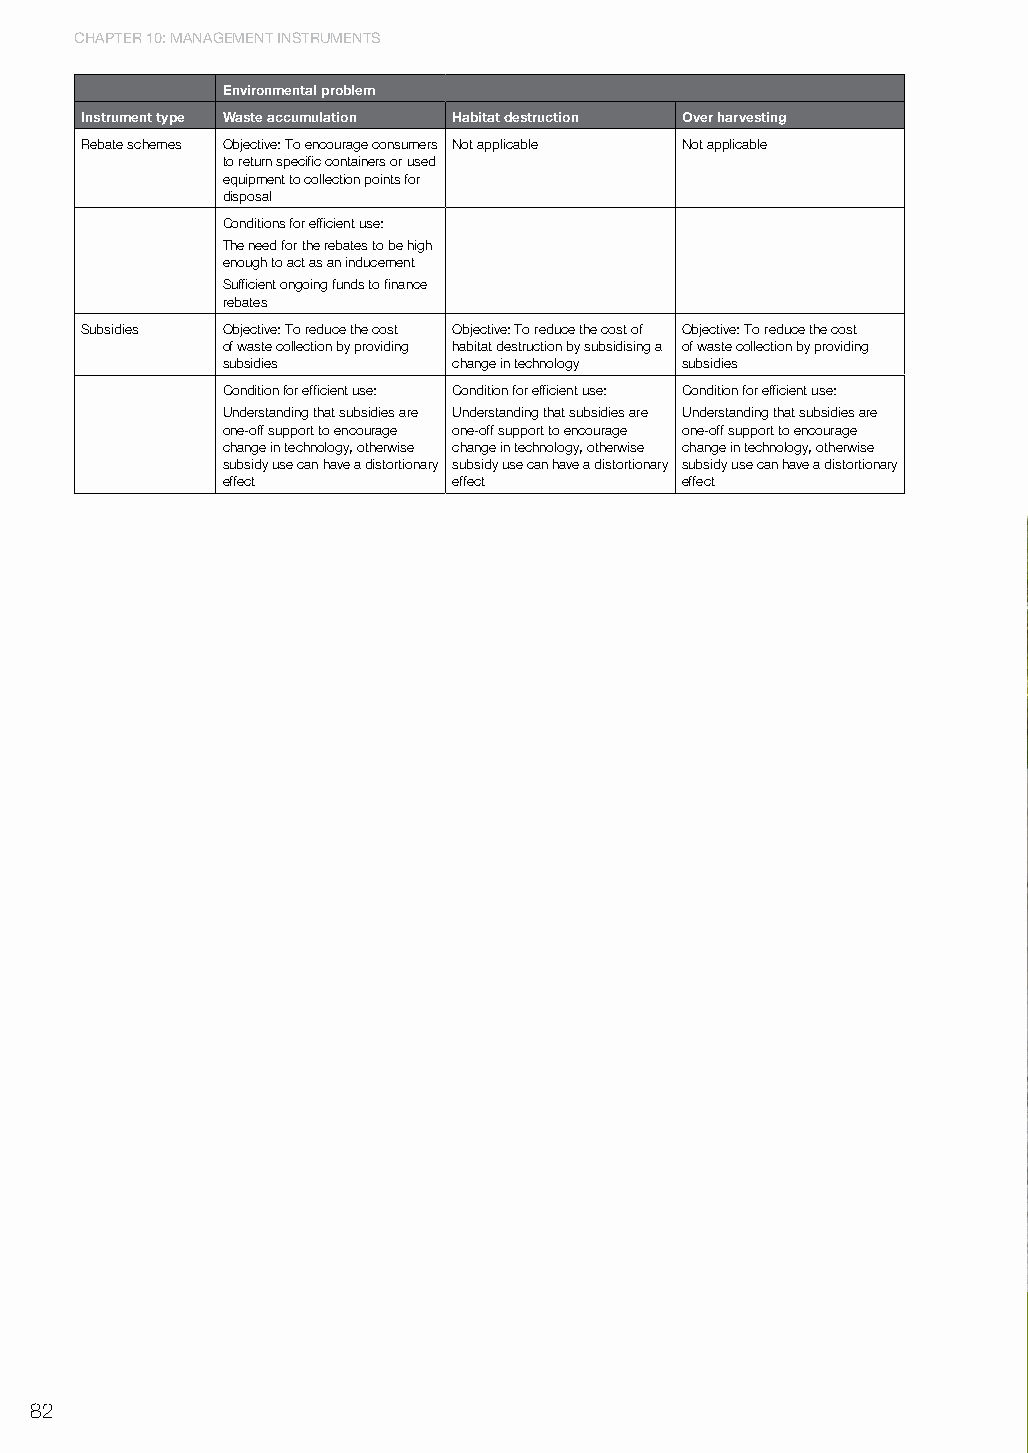
ChaPtER 10: ManagEMEnt InStRuMEntS
 Environmental problem
 Instrument type Waste accumulation Habitat destruction over harvesting
 Rebate schemes Objective: To encourage consumers Not applicable Not applicable
 to return specific containers or used
 equipment to collection points for
 disposal
 Conditions for efficient use:
 The need for the rebates to be high
 enough to act as an inducement
 Sufficient ongoing funds to finance
 rebates
 Subsidies Objective: To reduce the cost Objective: To reduce the cost of Objective: To reduce the cost
 of waste collection by providing habitat destruction by subsidising a of waste collection by providing
 subsidies      change in technology subsidies
 Condition for efficient use: Condition for efficient use: Condition for efficient use:
 Understanding that subsidies are Understanding that subsidies are Understanding that subsidies are
 one-off support to encourage one-off support to encourage one-off support to encourage
 change in technology, otherwise change in technology, otherwise change in technology, otherwise
 subsidy use can have a distortionary subsidy use can have a distortionary subsidy use can have a distortionary
 effect         effect         effect
 82